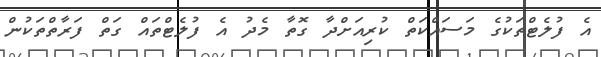
އެ ފުލެޓްތަކުގެ މަސައްކަތް ކުރިއަށްދާ ގޮތާ މެދު އެ ފުލެޓްތައް ގަތް ފަރާތްތަކުން